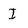
Character: I